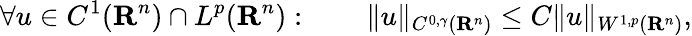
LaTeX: \forall u\in C^{1}(\mathbf{R}^{n})\cap L^{p}(\mathbf{R}^{n}):\qquad\| u\| _{C^{0,\gamma}(\mathbf{R}^{n})}\leq C\| u\| _{W^{1,p}(\mathbf{R}^{n})},